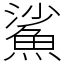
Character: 鯊